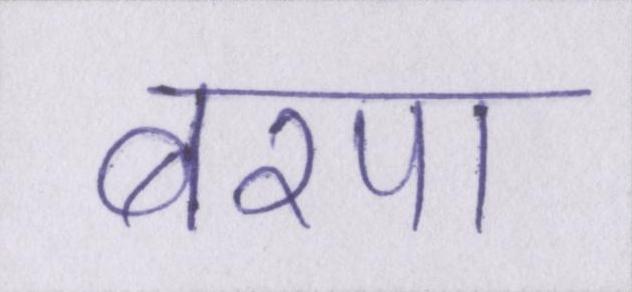
बरपा